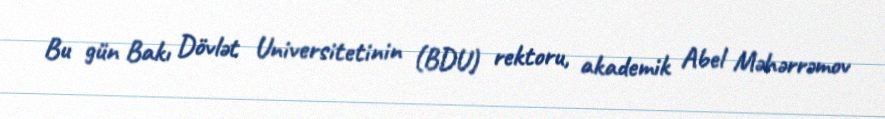
Bu gün Bakı Dövlət Universitetinin (BDU) rektoru, akademik Abel Məhərrəmov